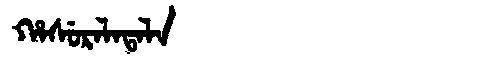
Manchu: ᡥᠠᠰᡠᡵᠠᠯᠠᡨᠠᠯᠠ
Romanization: HASURALATALA